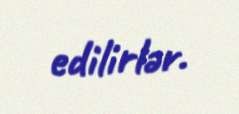
edilirlər.